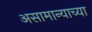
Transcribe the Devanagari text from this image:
असामान्याच्या